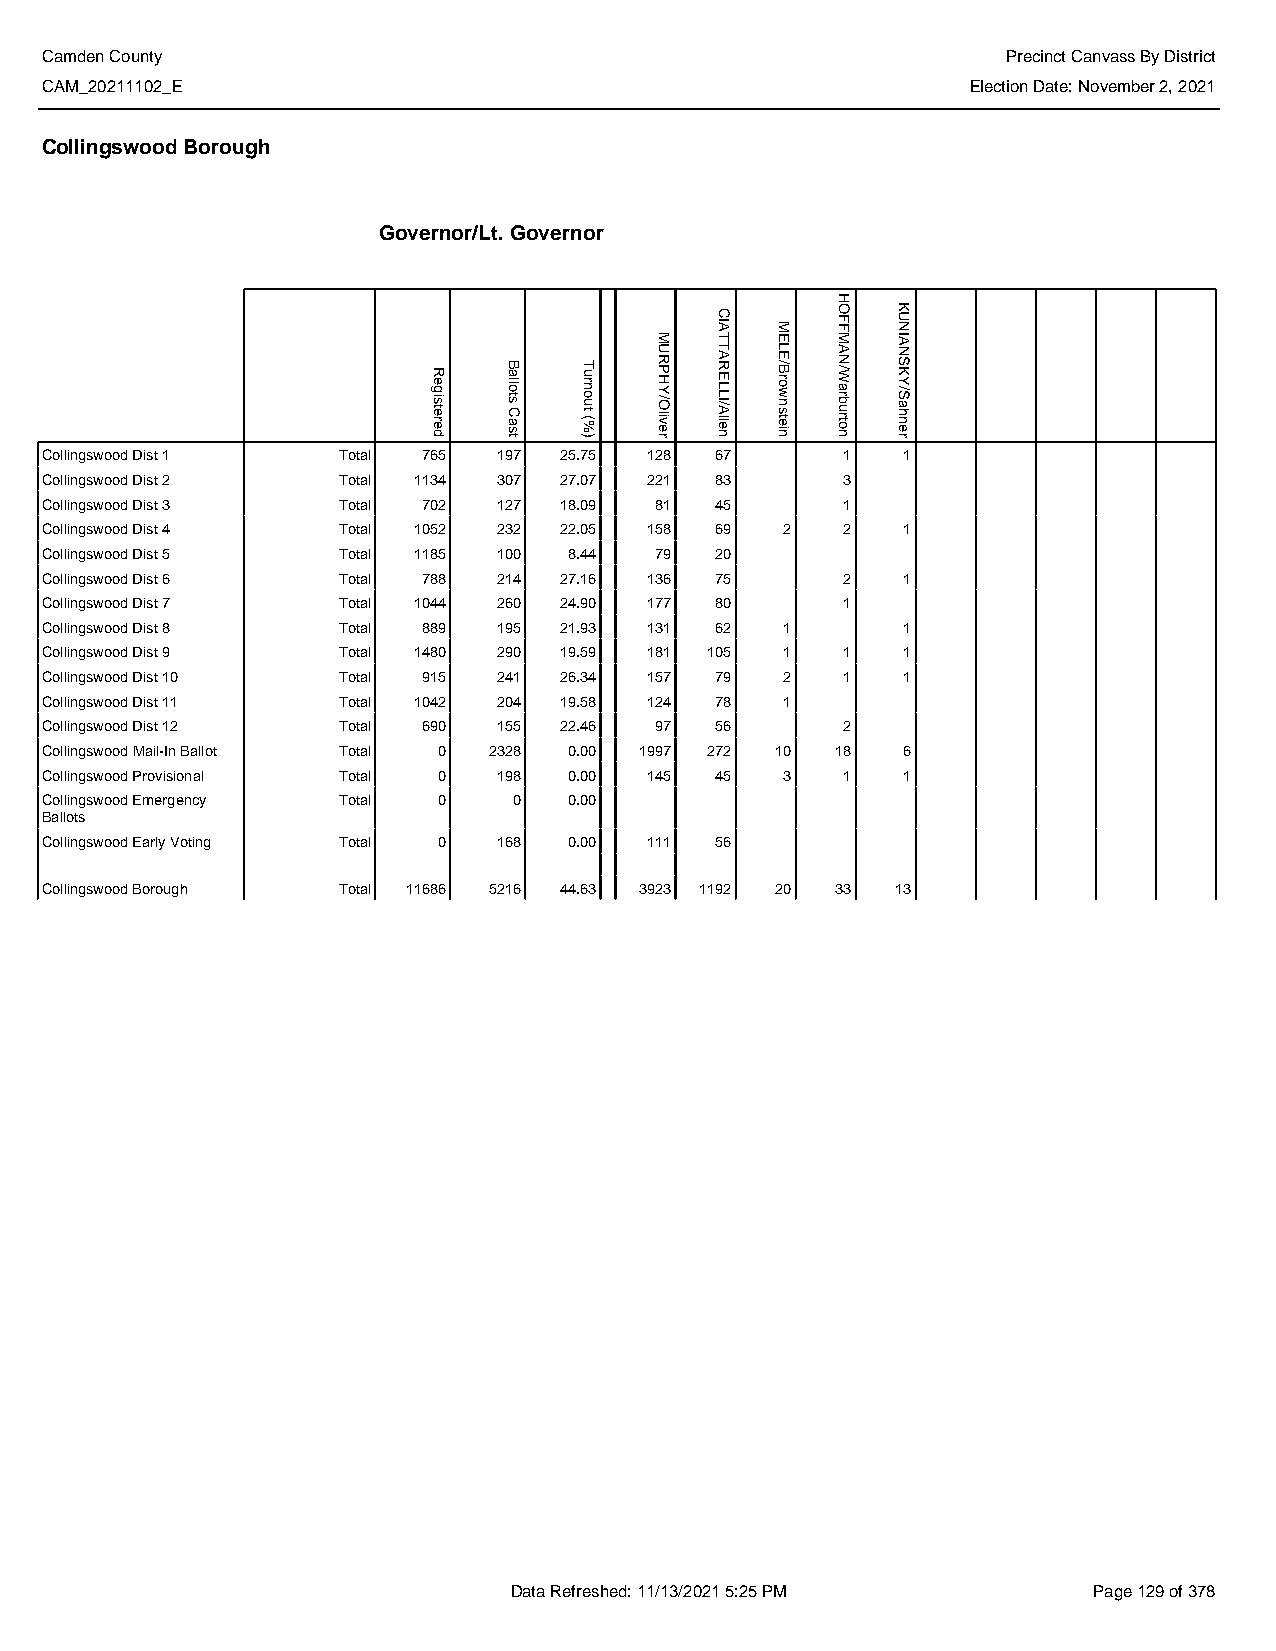
Camden County                                                   Precinct Canvass By District
 CAM_20211102_E                                               Election Date: November 2, 2021
 Collingswood Borough
 Governor/Lt. Governor
 Collingswood Dist 1 Total 765 197 25.75 128 67       1   1
 Collingswood Dist 2 Total 1134 307 27.07 221 83      3
 Collingswood Dist 3 Total 702 127 18.09 81  45       1
 Collingswood Dist 4 Total 1052 232 22.05 158 69  2   2   1
 Collingswood Dist 5 Total 1185 100 8.44 79  20
 Collingswood Dist 6 Total 788 214 27.16 136 75       2   1
 Collingswood Dist 7 Total 1044 260 24.90 177 80      1
 Collingswood Dist 8 Total 889 195 21.93 131 62   1       1
 Collingswood Dist 9 Total 1480 290 19.59 181 105 1   1   1
 Collingswood Dist 10 Total 915 241 26.34 157 79  2   1   1
 Collingswood Dist 11 Total 1042 204 19.58 124 78 1
 Collingswood Dist 12 Total 690 155 22.46 97 56       2
 Collingswood Mail-In Ballot Total 0 2328 0.00 1997 272 10 18 6
 Collingswood Provisional Total 0 198 0.00 145 45 3   1   1
 Collingswood Emergency Total 0 0   0.00
 Ballots
 Collingswood Early Voting Total 0 168 0.00 111 56
 Collingswood Borough Total 11686 5216 44.63 3923 1192 20 33 13
 Data Refreshed: 11/13/2021 5:25 PM    Page 129 of 378
 Registered
 Ballots
 Cast
 Turnout
 (%)
 MURPHY/Oliver
 CIATTARELLI/Allen
 MELE/Brownstein
 HOFFMAN/Warburton
 KUNIANSKY/Sahner